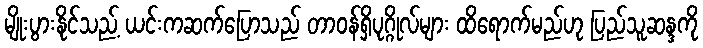
မျိုးပွားနိုင်သည့် ယင်းကဆက်ပြောသည် တာ၀န်ရှိပုဂ္ဂိုလ်များ ထိရောက်မည်ဟု ပြည်သူဆန္ဒကို